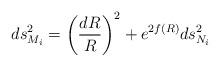
LaTeX: \begin{align*}ds_{M_i}^2=\left({dR\over R}\right)^2+e^{2f(R)}ds_{N_i}^2\end{align*}